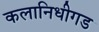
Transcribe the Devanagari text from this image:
कलानिधीगड